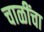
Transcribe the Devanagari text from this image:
चाळींचा